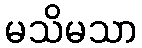
မသိမသာ